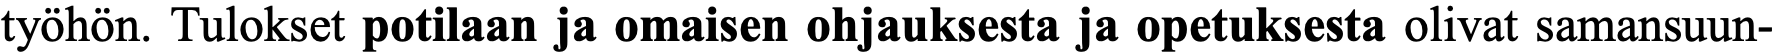
työhön. Tulokset potilaan ja omaisen ohjauksesta ja opetuksesta olivat samansuun-